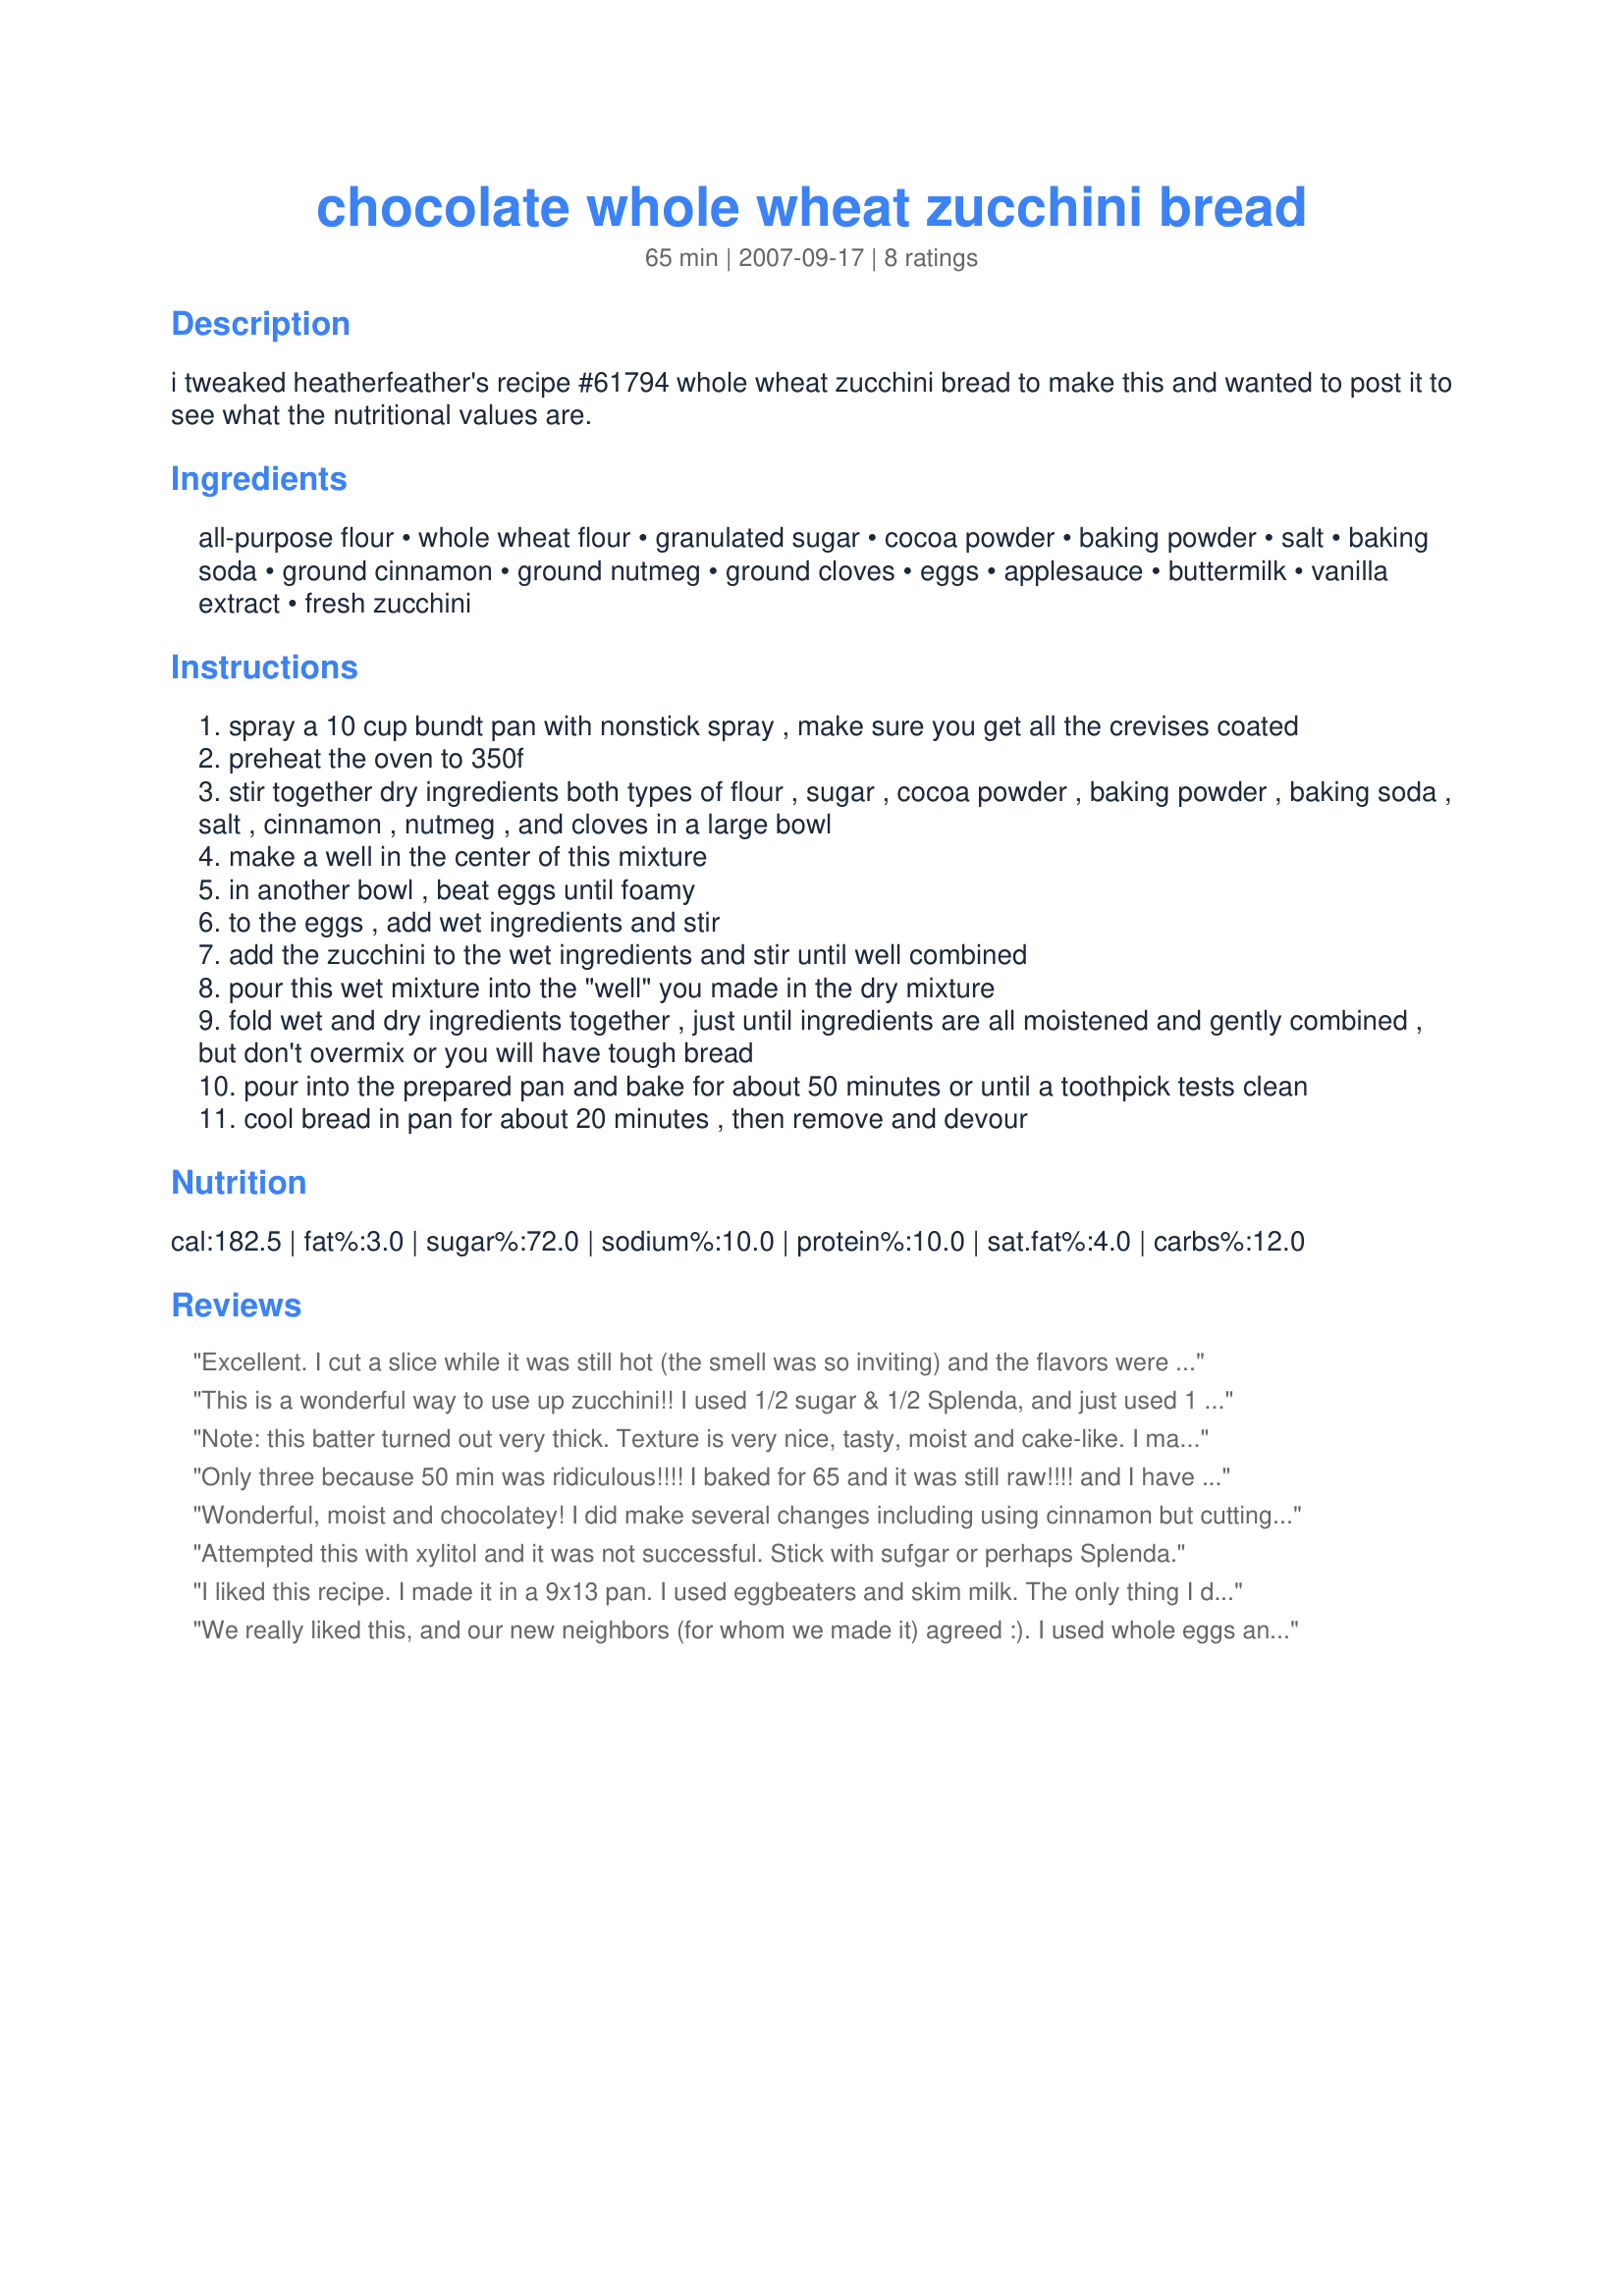
chocolate whole wheat zucchini bread
Preparation time: 65 minutes

i tweaked heatherfeather's recipe #61794 whole wheat zucchini bread to make this and wanted to post it to see what the nutritional values are.

Ingredients:
all-purpose flour, whole wheat flour, granulated sugar, cocoa powder, baking powder, salt, baking soda, ground cinnamon, ground nutmeg, ground cloves, eggs, applesauce, buttermilk, vanilla extract, fresh zucchini

Steps:
spray a 10 cup bundt pan with nonstick spray , make sure you get all the crevises coated
preheat the oven to 350f
stir together dry ingredients both types of flour , sugar , cocoa powder , baking powder , baking soda , salt , cinnamon , nutmeg , and cloves in a large bowl
make a well in the center of this mixture
in another bowl , beat eggs until foamy
to the eggs , add wet ingredients and stir
add the zucchini to the wet ingredients and stir until well combined
pour this wet mixture into the "well" you made in the dry mixture
fold wet and dry ingredients together , just until ingredients are all moistened and gently combined , but don't overmix or you will have tough bread
pour into the prepared pan and bake for about 50 minutes or until a toothpick tests clean
cool bread in pan for about 20 minutes , then remove and devour

Reviews:
Excellent. I cut a slice while it was still hot (the smell was so inviting) and the flavors were perfect. Being on a diet this makes a great snack and fills that chocolate craving too. Will make this again for a pot luck party coming up and after my next run to the zucchini plants in the garden! Moist, flavorful and satisfying. Thank you Nado2003.
This is a wonderful way to use up zucchini!! I used 1/2 sugar & 1/2 Splenda, and just used 1 tsp cinnamon (skipped all the other spices!). I used 2 medium sized loaf pans & baked for 40 min at 350. Remember to squeeze the moisture out of the zucchini b/f measuring it, and then adding it to the batter. I gave the loaves away, but they looked & smelled delicious! Thanks for sharing
Note: this batter turned out very thick. 
Texture is very nice, tasty, moist and cake-like. I made it in a bundt pan, but think it could pass for chocolate cake if made in cake pans (with shorter baking time). 
I used milk soured with vinegar in place of the buttermilk -- it might come out even more tender if buttermilk is used. 
I plan to try it.
For a cake or quick bread, it has pretty good nutritional numbers, esp. fat content. I used Penzey's Dutch Process Cocoa, Double Vanilla, nutmeg and Vietnamese cinnamon. I think the good quality cocoa flavor really comes through, so I'd hesitate to use a lesser one.
Only three because 50 min was ridiculous!!!! I baked for 65 and it was still raw!!!! and I have a very reliable oven. Good tasting, though.
Wonderful, moist and chocolatey! I did make several changes including using cinnamon but cutting out the nutmeg and cloves. I wanted the chocolate flavor to come through without too many additional spices. Also, I used 1/4 cup of applesauce and 1/4 cup of oil. A little less healthy perhaps, but made a very tender and still lowfat bread/cake. I used the fine holes on my grater to shred the zucchini. This made the bread moist without any zucchini texture. Finally I sprinkled a bit of sugar in the bottom of the bundt after greasing it to give it a bit of a crunchy-sugary top.
Attempted this with xylitol and it was not successful. Stick with sufgar or perhaps Splenda.
I liked this recipe. I made it in a 9x13 pan. I used eggbeaters and skim milk. The only thing I didn't like is I thought it was too much cloves for my palate. Otherwise it's a nice low calorie cake.
We really liked this, and our new neighbors (for whom we made it) agreed :). I used whole eggs and powdered buttermilk. I also cut down the sugar b/c we don't tend to like things as sweet as others--3/4 c of raw sugar was fine for us. I also pressed some chocolate chips into the bottom when this came out of the oven (so they would melt in) and next time I plan to put them in the pan before I add the batter so they will be like a topping. The only reason I'm not giving this 5 stars is that I think it needs a little something else for texture, either chocolate chips or nuts. Thanks for a yummy recipe, though--it is absolutely a great way to get a chocolate fix and feel virtuous about eating veggies at the same time. It also tastes pretty good with red wine :). Thanks for posting!
